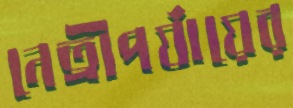
নেত্রীপর্যায়ের